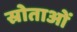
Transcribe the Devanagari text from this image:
स्रोताओं